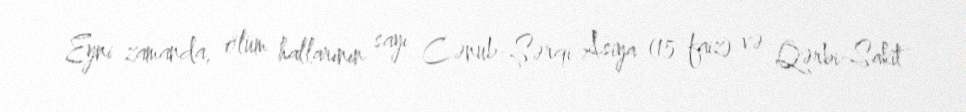
Eyni zamanda, ölüm hallarının sayı Cənub-Şərqi Asiya (15 faiz) və Qərbi-Sakit